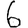
Digit: 6